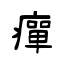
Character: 癉